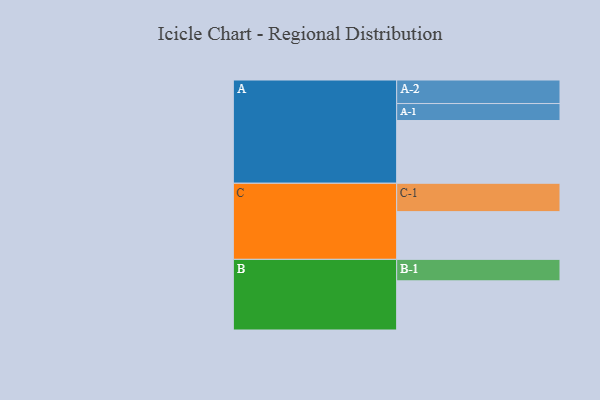
{"axis": {"x": "Segment", "y": "Value"}, "legend": ["", "A", "B", "C"], "data": [{"x": "A", "y": 573, "type": ""}, {"x": "B", "y": 449, "type": ""}, {"x": "C", "y": 436, "type": ""}, {"x": "A-1", "y": 155, "type": "A"}, {"x": "A-2", "y": 215, "type": "A"}, {"x": "B-1", "y": 196, "type": "B"}, {"x": "C-1", "y": 259, "type": "C"}]}